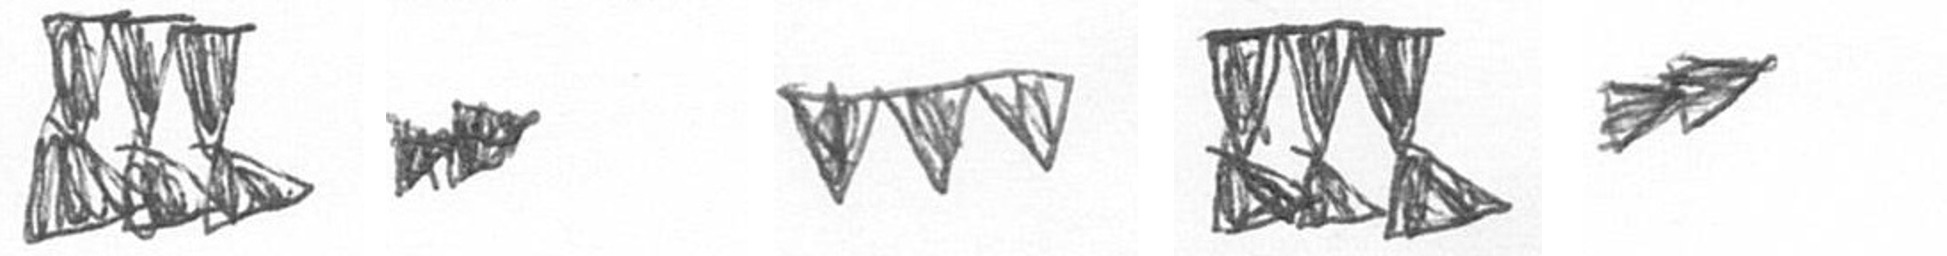
D A L D A